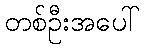
တစ်ဦးအပေါ်